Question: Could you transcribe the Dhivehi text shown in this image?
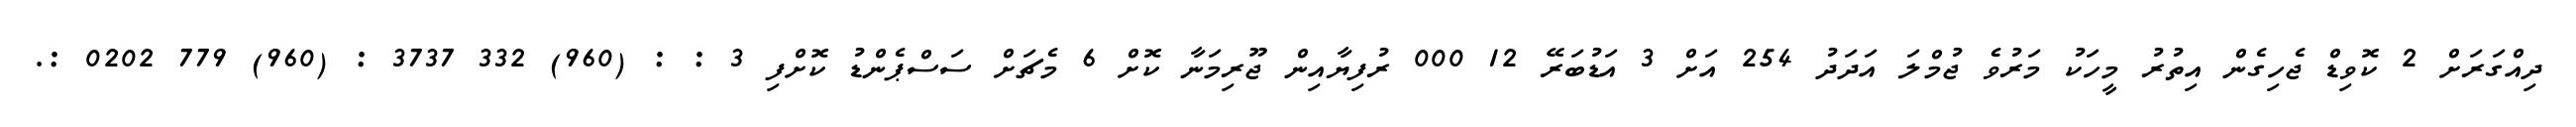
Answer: ދިއްގަރަށް 2 ކޮވިޑް ޖެހިގެން އިތުރު މީހަކު މަރުވެ ޖުމްލަ އަދަދު 254 އަށް 3 އަޑުބަރޭ 12 000 ރުފިޔާއިން ޖޫރިމަނާ ކޮށް 6 މެޗަށް ސަސްޕެންޑު ކޮށްފި 3 : : (960) 332 3737 : (960) 779 0202 :.